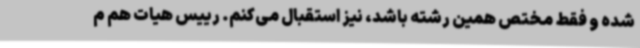
شده و فقط مختص همین رشته باشد، نیز استقبال می‌کنم. رییس هیات هم م